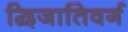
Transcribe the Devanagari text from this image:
द्विजातिवर्ग